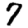
Digit: 7